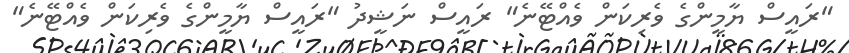
"ރައީސް ޔާމީންގެ ވެރިކަން ވެއްޓޭނެ" ރައީސް ނަޝީދު "ރައީސް ޔާމީންގެ ވެރިކަން ވެއްޓޭނެ"